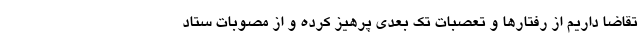
تقاضا داریم از رفتارها و تعصبات تک بعدی پرهیز کرده و از مصوبات ستاد